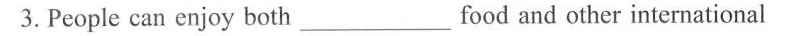
3. People can enjoy both___food and other international